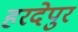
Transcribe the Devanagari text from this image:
हरदेपुर